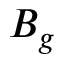
B _ { g }